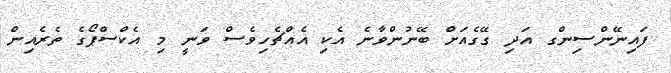
ފައިނޭންސިންގ އަދި ގޭގެއަށް ބޭނުންވާނެ އެކި އެއްޗެހިވެސް ވަނީ މި އެކްސްޕޯގެ ތެރެއިން